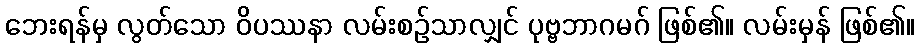
ဘေးရန်မှ လွတ်သော ဝိပဿနာ လမ်းစဉ်သာလျှင် ပုဗ္ဗဘာဂမဂ် ဖြစ်၏။ လမ်းမှန် ဖြစ်၏။